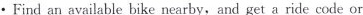
· Find an available bike nearby, and get a ride code or